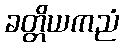
ခတ္တိယကညံ